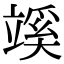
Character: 𥪦